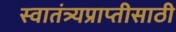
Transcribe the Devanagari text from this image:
स्वातंत्र्यप्राप्तीसाठी